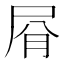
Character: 㞕